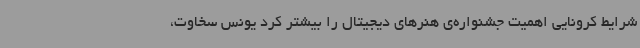
شرایط کرونایی اهمیت جشنواره‌ی هنرهای دیجیتال را بیشتر کرد یونس سخاوت،